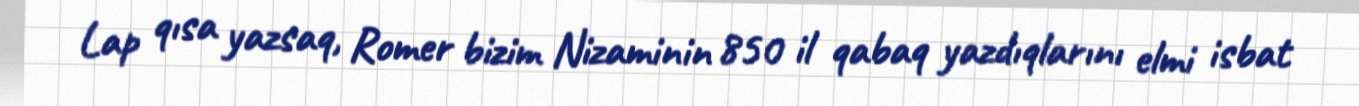
Lap qısa yazsaq, Romer bizim Nizaminin 850 il qabaq yazdıqlarını elmi isbat